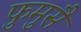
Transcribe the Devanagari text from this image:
फुमुसै